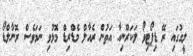
ލީގުގައި ރޭ ޑިޕޯޓިވޯ ލަކަރޫނިއާ އަތުން ރެއާލް މެޑްރިޑް މޮޅުވި ނަމަވެސް ރޮނާލްޑޯ